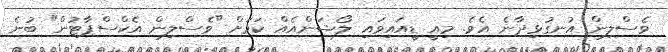
ވެސްލިން އުނގުޅިދާނެ އެވެ. މިއީ ޑީއައިވައި ލޯޝަންއެއް ކަމަށް "ވެސްލިން އެކްސްޕާޓުން" ބުނެ